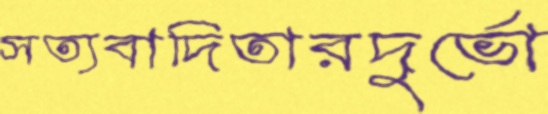
সত্যবাদিতারদুর্ভো